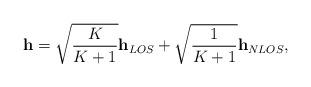
LaTeX: \begin{align*} \mathbf{h}=\sqrt{\frac{K}{K+1}}\mathbf{h}_{LOS} + \sqrt{\frac{1}{K+1}}\mathbf{h}_{NLOS},\end{align*}